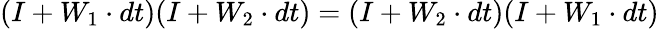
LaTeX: (I+W_{1}\cdot dt)(I+W_{2}\cdot dt)=(I+W_{2}\cdot dt)(I+W_{1}\cdot dt)